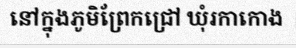
នៅក្នុងភូមិព្រែកជ្រៅ ឃុំរកាកោង